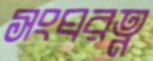
সংঘরত্ন